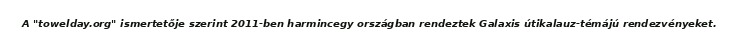
A "towelday.org" ismertetője szerint 2011-ben harmincegy országban rendeztek Galaxis útikalauz-témájú rendezvényeket.